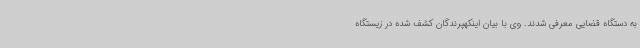
به دستگاه قضایی معرفی شدند. وی با بیان اینکهپرندگان کشف شده در زیستگاه